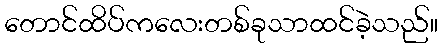
တောင်ထိပ်ကလေးတစ်ခုသာထင်ခဲ့သည်။